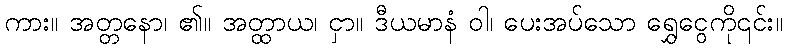
ကား။ အတ္တနော၊ ၏။ အတ္ထာယ၊ ငှာ။ ဒီယမာနံ ဝါ၊ ပေးအပ်သော ရွှေငွေကို၎င်း။